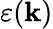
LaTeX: \varepsilon(\mathbf{k})